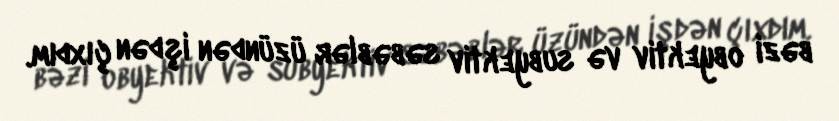
bəzi obyektiv və subyektiv səbəblər üzündən işdən çıxdım.